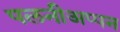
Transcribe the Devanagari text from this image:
पलनीअप्पन